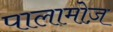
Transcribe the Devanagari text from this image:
पालामोज़